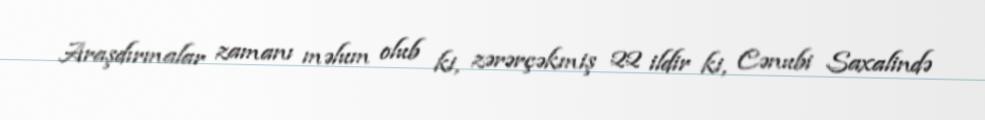
Araşdırmalar zamanı məlum olub ki, zərərçəkmiş 22 ildir ki, Cənubi Saxalində